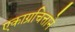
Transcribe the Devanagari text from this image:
एकाग्रचित्ताने